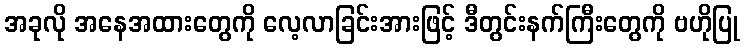
အခုလို အနေအထားတွေကို လေ့လာခြင်းအားဖြင့် ဒီတွင်းနက်ကြီးတွေကို ဗဟိုပြု